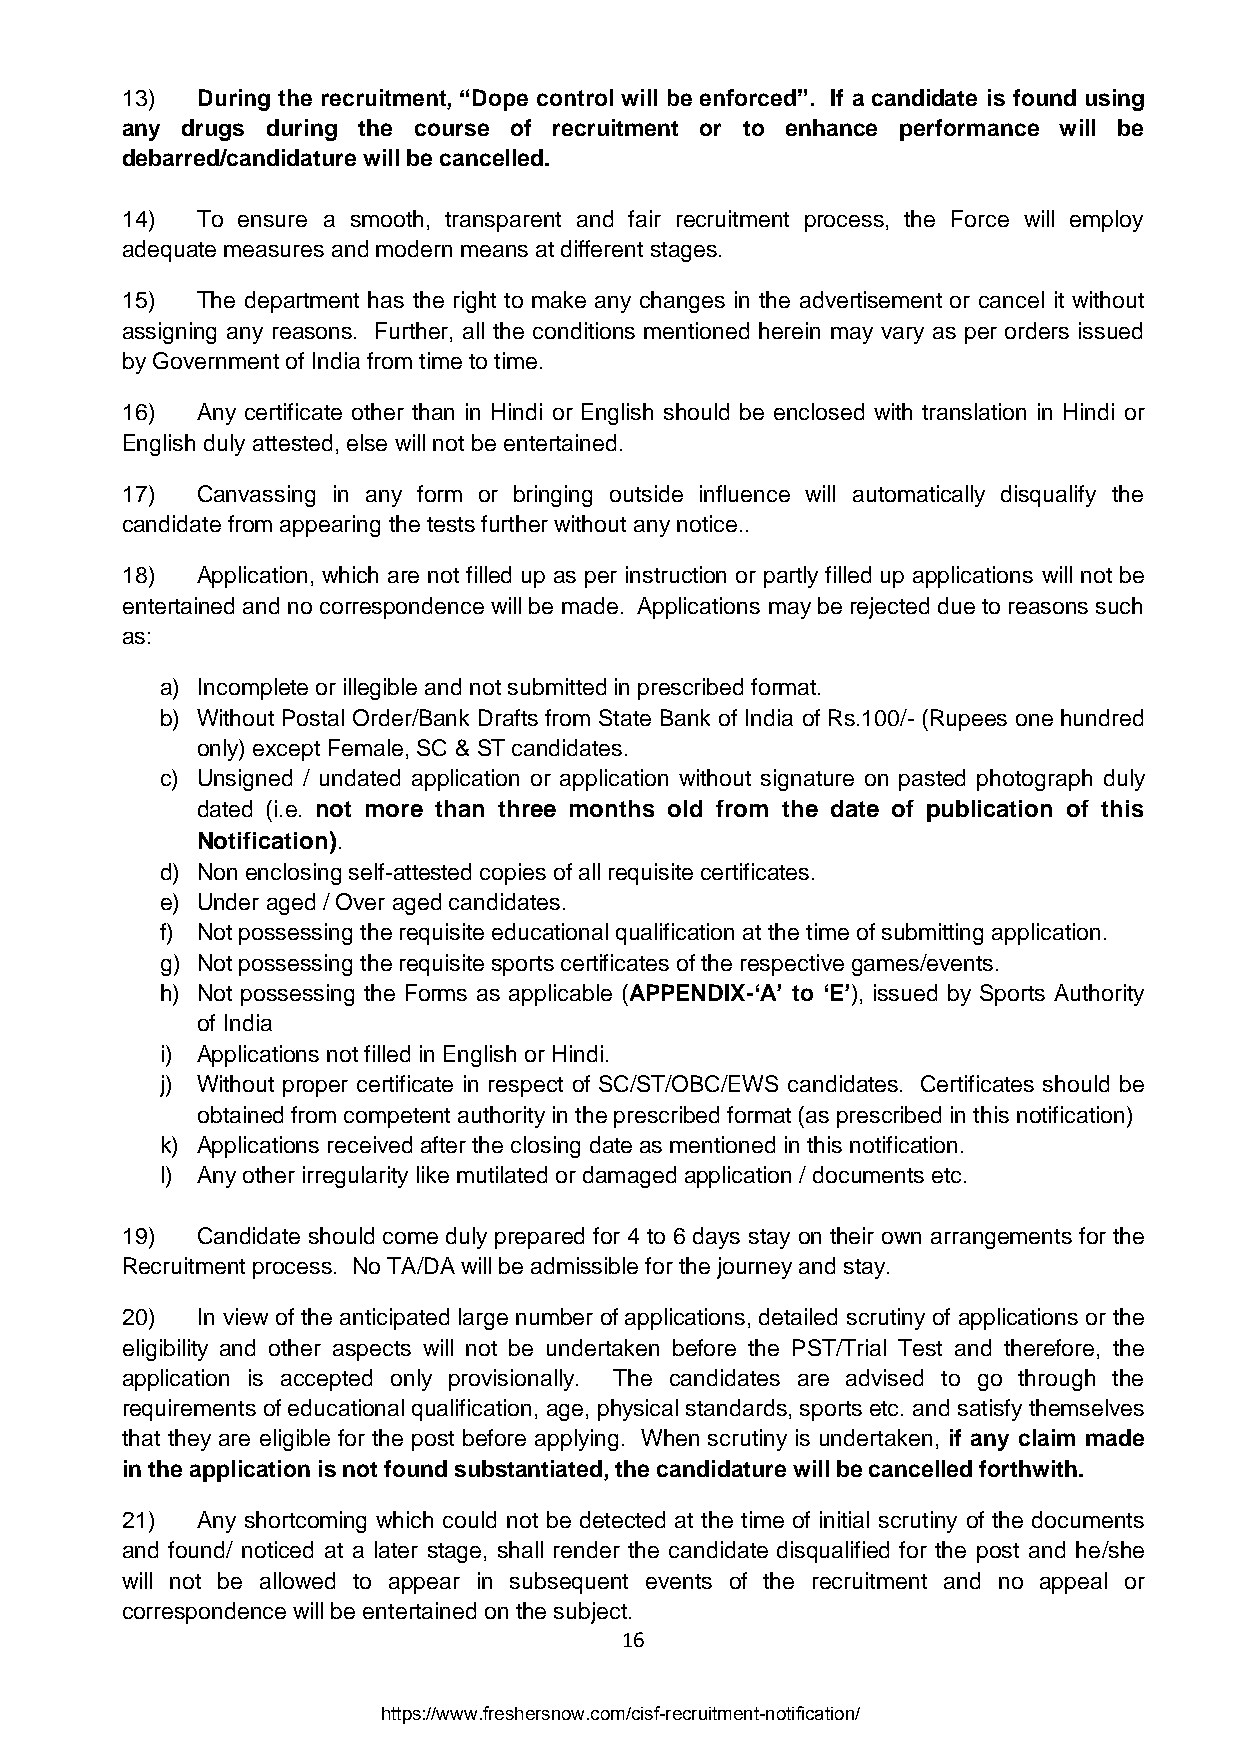
13)  During the recruitment, “Dope control will be enforced”. If a candidate is found using
 any drugs during the course of recruitment or to enhance performance will be
 debarred/candidature will be cancelled.
 14)  To ensure a smooth, transparent and fair recruitment process, the Force will employ
 adequate measures and modern means at different stages.
 15)  The department has the right to make any changes in the advertisement or cancel it without
 assigning any reasons. Further, all the conditions mentioned herein may vary as per orders issued
 by Government of India from time to time.
 16)  Any certificate other than in Hindi or English should be enclosed with translation in Hindi or
 English duly attested, else will not be entertained.
 17)  Canvassing in any form or bringing outside influence will automatically disqualify the
 candidate from appearing the tests further without any notice..
 18)  Application, which are not filled up as per instruction or partly filled up applications will not be
 entertained and no correspondence will be made. Applications may be rejected due to reasons such
 as:
 a) Incomplete or illegible and not submitted in prescribed format.
 b) Without Postal Order/Bank Drafts from State Bank of India of Rs.100/- (Rupees one hundred
 only) except Female, SC & ST candidates.
 c) Unsigned / undated application or application without signature on pasted photograph duly
 dated (i.e. not more than three months old from the date of publication of this
 Notification).
 d) Non enclosing self-attested copies of all requisite certificates.
 e) Under aged / Over aged candidates.
 f) Not possessing the requisite educational qualification at the time of submitting application.
 g) Not possessing the requisite sports certificates of the respective games/events.
 h) Not possessing the Forms as applicable (APPENDIX-„A‟ to „E‟), issued by Sports Authority
 of India
 i) Applications not filled in English or Hindi.
 j) Without proper certificate in respect of SC/ST/OBC/EWS candidates. Certificates should be
 obtained from competent authority in the prescribed format (as prescribed in this notification)
 k) Applications received after the closing date as mentioned in this notification.
 l) Any other irregularity like mutilated or damaged application / documents etc.
 19)  Candidate should come duly prepared for 4 to 6 days stay on their own arrangements for the
 Recruitment process. No TA/DA will be admissible for the journey and stay.
 20)  In view of the anticipated large number of applications, detailed scrutiny of applications or the
 eligibility and other aspects will not be undertaken before the PST/Trial Test and therefore, the
 application is accepted only provisionally. The candidates are advised to go through the
 requirements of educational qualification, age, physical standards, sports etc. and satisfy themselves
 that they are eligible for the post before applying. When scrutiny is undertaken, if any claim made
 in the application is not found substantiated, the candidature will be cancelled forthwith.
 21)  Any shortcoming which could not be detected at the time of initial scrutiny of the documents
 and found/ noticed at a later stage, shall render the candidate disqualified for the post and he/she
 will not be allowed to appear in subsequent events of the recruitment and no appeal or
 correspondence will be entertained on the subject.
 16
 https://www.freshersnow.com/cisf-recruitment-notification/